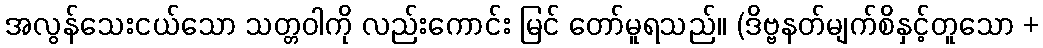
အလွန်သေးငယ်သော သတ္တဝါကို လည်းကောင်း မြင် တော်မူရသည်။ (ဒိဗ္ဗနတ်မျက်စိနှင့်တူသော +